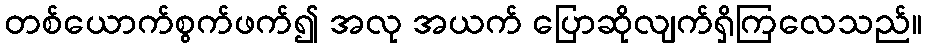
တစ်ယောက်စွက်ဖက်၍ အလု အယက် ပြောဆိုလျက်ရှိကြလေသည်။